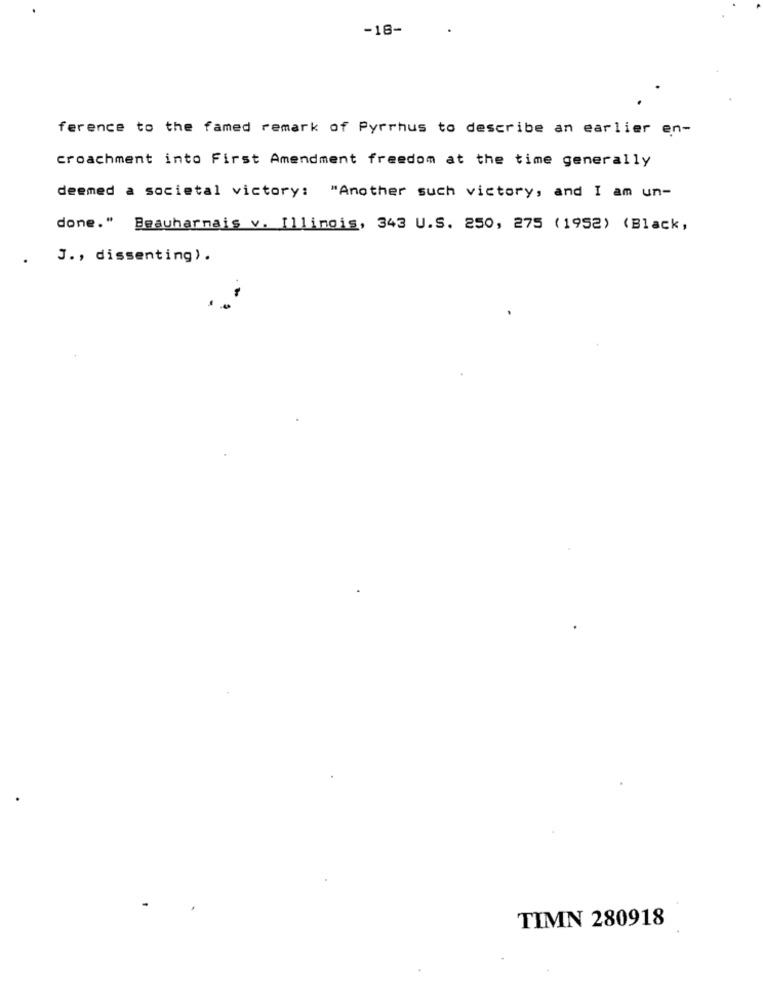
-18-
ference to the famed remark of Pyrrhus to describe an earlier en-
croachment into First Amendment freedom at the time generally
deemed a societal victory: "Another such victory, and I am un-
done." Beauharnais v. Illinois, 343 U.S. 250, 275 (1952) (Black,
J ., dissenting).
TIMN 280918